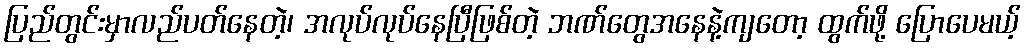
ပြည်တွင်းမှာလည်ပတ်နေတဲ့၊ အလုပ်လုပ်နေပြီဖြစ်တဲ့ ဘဏ်တွေအနေနဲ့ကျတော့ ထွက်ဖို့ ပြောပေမယ့်